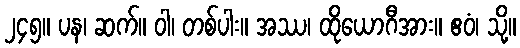
၂၄၅။ ပန၊ ဆက်။ ဝါ၊ တစ်ပါး။ အဿ၊ ထိုယောဂီအား။ ဧဝံ၊ သို့။